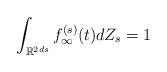
LaTeX: \begin{align*}\int_{\mathbb{R}^{2ds}} f_\infty^{(s)} (t) dZ_s = 1\end{align*}